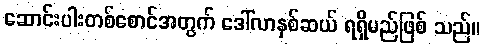
ဆောင်းပါးတစ်စောင်အတွက် ဒေါ်လာနှစ်ဆယ် ရရှိမည်ဖြစ် သည်။